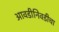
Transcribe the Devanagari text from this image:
आवडीनिवडीचा